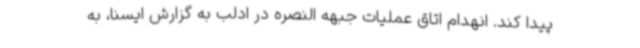
پیدا کند. انهدام اتاق عملیات جبهه النصره در ادلب به گزارش ایسنا، به